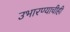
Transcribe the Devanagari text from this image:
उभारण्याचीही